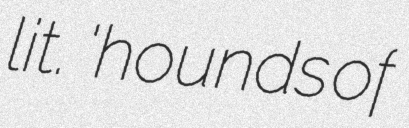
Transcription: lit. 'hounds of